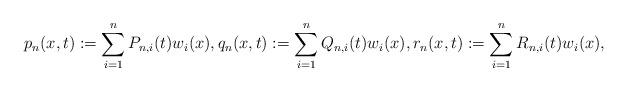
LaTeX: \begin{align*}p_{n}(x,t) := \sum_{i=1}^{n} P_{n,i}(t) w_{i}(x), q_{n}(x,t) := \sum_{i=1}^{n} Q_{n,i}(t)w_{i}(x), r_{n}(x,t) := \sum_{i=1}^{n} R_{n,i}(t) w_{i}(x),\end{align*}